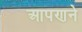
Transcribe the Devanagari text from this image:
आपणने